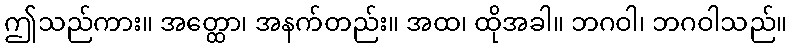
ဤသည်ကား။ အတ္ထော၊ အနက်တည်း။ အထ၊ ထိုအခါ။ ဘဂဝါ၊ ဘဂဝါသည်။